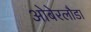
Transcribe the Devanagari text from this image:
ओबेरलौडा